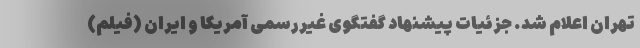
تهران اعلام شد. جزئیات پیشنهاد گفتگوی غیررسمی آمریکا و ایران (فیلم)